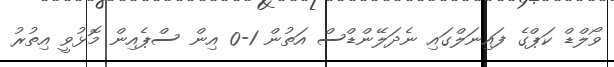
ވޯލްޑް ކަޕްގެ ފައިނަލްގައި ނެދަލޭންޑްސް އަތުން 1-0 އިން ސްޕެއިން މޮޅުވީ އިތުރު